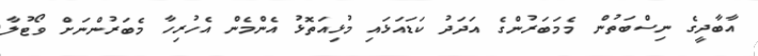
އާބާދީގެ ނިސްބަތުން މެމަބަރުންގެ އަދަދު ކަޑައަޅައި މުޅިއަތޮޅު އެންމެން އެހުރިހާ މެބަރުންނަށް ވޯޓުލާ